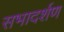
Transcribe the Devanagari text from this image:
सभादर्शण